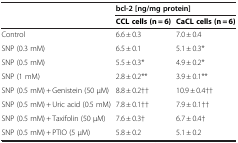
<table><thead><tr><td><b> </b></td><td colspan="2"><b>bcl-2 [ng/mg protein]</b></td></tr></thead><tbody><tr><td> </td><td><b>CCL cells (n = 6)</b></td><td><b>CaCL cells (n = 6)</b></td></tr><tr><td>Control</td><td>6.6 ± 0.3</td><td>7.0 ± 0.4</td></tr><tr><td>SNP (0.3 mM)</td><td>6.5 ± 0.1</td><td>5.1 ± 0.3*</td></tr><tr><td>SNP (0.5 mM)</td><td>5.5 ± 0.3*</td><td>4.9 ± 0.2*</td></tr><tr><td>SNP (1 mM)</td><td>2.8 ± 0.2**</td><td>3.9 ± 0.1**</td></tr><tr><td>SNP (0.5 mM) + Genistein (50 μM)</td><td>8.8 ± 0.2††</td><td>10.9 ± 0.4††</td></tr><tr><td>SNP (0.5 mM) + Uric acid (0.5 mM)</td><td>7.8 ± 0.1††</td><td>7.9 ± 0.1††</td></tr><tr><td>SNP (0.5 mM) + Taxifolin (50 μM)</td><td>7.6 ± 0.3†</td><td>6.7 ± 0.4†</td></tr><tr><td>SNP (0.5 mM) + PTIO (5 μM)</td><td>5.8 ± 0.2</td><td>5.1 ± 0.2</td></tr></tbody></table>